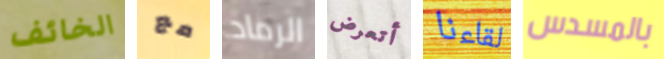
الخائف مع الرماد أتعرض لقاءنا بالمسدس